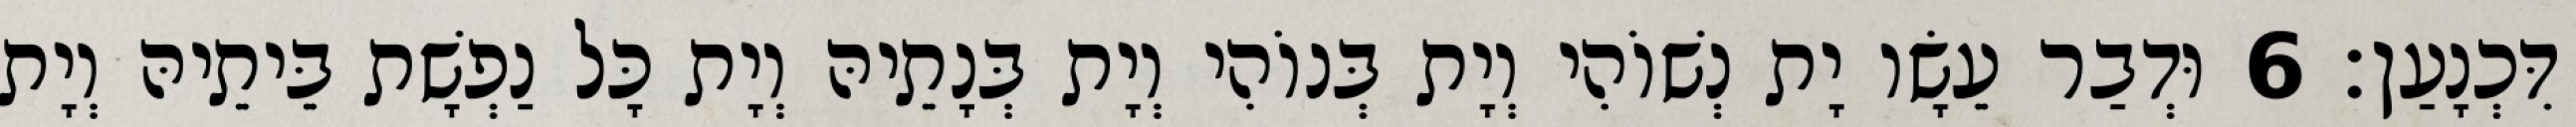
דִּכְנָעַן׃ 6 וּדְבַר עֵשָׂו יָת נְשׁוֹהִי וְיָת בְּנוֹהִי וְיָת בְּנָתֵיהּ וְיָת כָּל נַפְשָׁת בֵּיתֵיהּ וְיָת